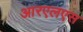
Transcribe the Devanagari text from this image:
आरएलएस